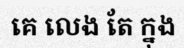
គេ លេង តែ ក្នុង